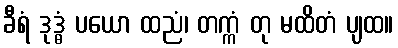
ခီရံ ဒုဒ္ဓံ ပယော ထညံ၊ တက္ကံ တု မထိတံ ပျထ။